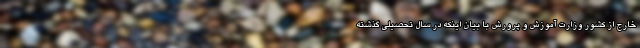
خارج از کشور وزارت آموزش و پرورش با بیان اینکه در سال تحصیلی گذشته